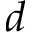
d